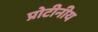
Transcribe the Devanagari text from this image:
प्रोटीनीय